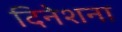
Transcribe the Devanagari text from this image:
दिनेशना